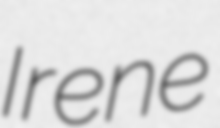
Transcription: Irene